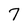
Character: 7